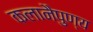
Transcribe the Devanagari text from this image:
कलानैपुण्य